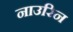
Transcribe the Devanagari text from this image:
नाउरिन